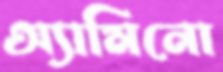
অ্যামিনো